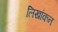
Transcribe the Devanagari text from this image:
लिखांकन